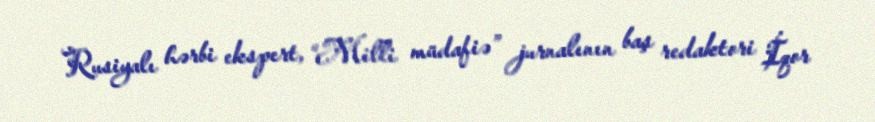
Rusiyalı hərbi ekspert, “Milli müdafiə” jurnalının baş redaktori İqor